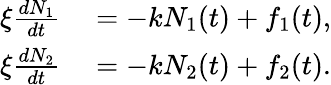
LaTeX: \begin{array}{rl}{\xi\frac{dN_{1}}{dt}}&{{}=-kN_{1}(t)+f_{1}(t),}\\ {\xi\frac{dN_{2}}{dt}}&{{}=-kN_{2}(t)+f_{2}(t).}\end{array}